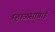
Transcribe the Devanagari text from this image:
म्हाळसाबाई